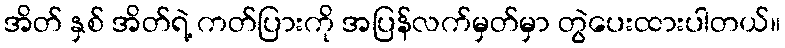
အိတ် နှစ် အိတ်ရဲ့ ကတ်ပြားကို အပြန်လက်မှတ်မှာ တွဲပေးထားပါတယ်။